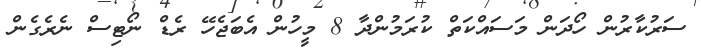
ސަރުކާރުން ހޯދަން މަސައްކަތް ކުރަމުންދާ 8 މީހުން އެބަޖެހޭ ރެޑް ނޯޓިސް ނެރެގެން